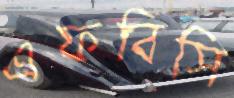
এফবিসি